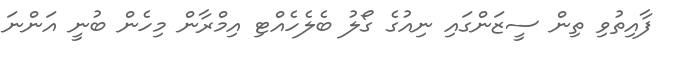
ފާއިތުވި ތިން ސީޒަންގައި ނިއުގެ ގޯލު ބެލެހެއްޓި އިމްރާން މިހެން ބުނީ އަންނަ